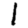
Digit: 1